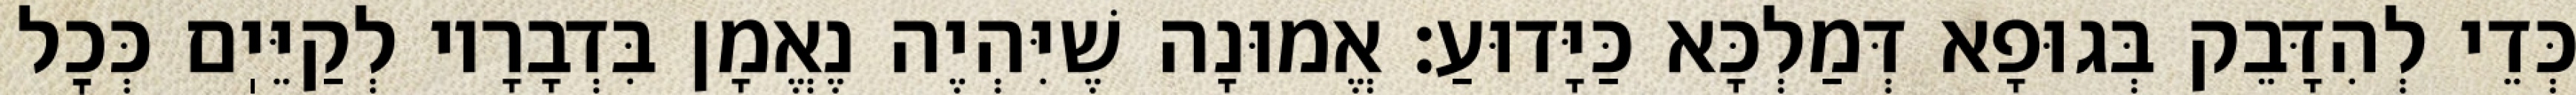
כְּדֵי לְהִדָּבֵק בְּגוּפָא דְּמַלְכָּא כַּיָּדוּעַ: אֱמוּנָה שֶׁיִּהְיֶה נֶאֱמָן בִּדְבָרָיו לְקַיֵּיֽם כְּכׇל